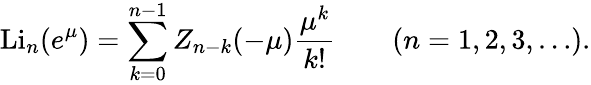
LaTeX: \operatorname{Li}_{n}(e^{\mu})=\sum_{k=0}^{n-1}Z_{n-k}(-\mu){\frac{\mu^{k}}{k!}}\qquad(n=1,2,3,\ldots).